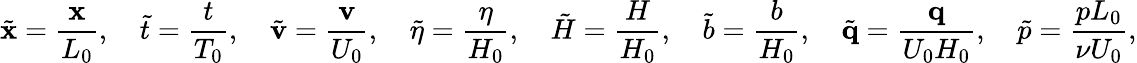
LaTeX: \tilde{\mathbf{x}}=\frac{\mathbf{x}}{L_{0}},\quad\tilde{t}=\frac{t}{T_{0}},\quad\tilde{\mathbf{v}}=\frac{\mathbf{v}}{U_{0}},\quad\tilde{\eta}=\frac{\eta}{H_{0}},\quad\tilde{H}=\frac{H}{H_{0}},\quad\tilde{b}=\frac{b}{H_{0}},\quad\tilde{\mathbf{q}}=\frac{\mathbf{q}}{U_{0}H_{0}},\quad\tilde{p}=\frac{pL_{0}}{\nu U_{0}},